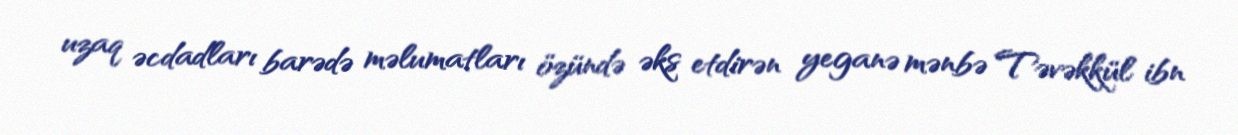
uzaq əcdadları barədə məlumatları özündə əks etdirən yeganə mənbə Təvəkkül ibn